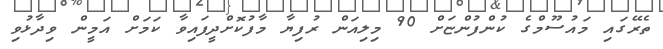
ތެރޭގައި މައުސޫމްގެ ކުންފުންޏަށް 90 މިލިއަން ރުފިޔާ މާފުކޮށްދީފައިވާ ކަމަށް އަމީން ވިދާޅުވި